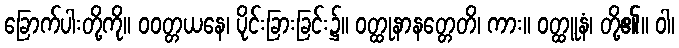
ခြောက်ပါးတို့ကို။ ဝဝတ္တယနေ၊ ပိုင်းခြားခြင်း၌။ ဝတ္ထုနာနတ္တေတိ၊ ကား။ ဝတ္ထူနံ၊ တို့၏။ ဝါ၊